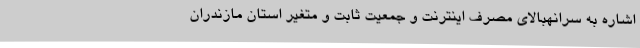
اشاره به سرانهبالای مصرف اینترنت و جمعیت ثابت و متغیر استان مازندران